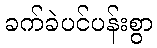
ခက်ခဲပင်ပန်းစွာ